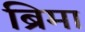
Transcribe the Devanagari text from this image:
ब्रिमा